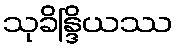
သုခိန္ဒြိယဿ